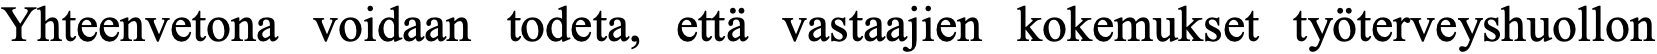
Yhteenvetona voidaan todeta, että vastaajien kokemukset työterveyshuollon